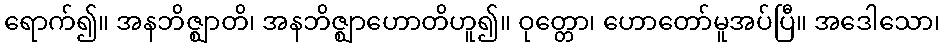
ရောက်၍။ အနဘိဇ္ဈာတိ၊ အနဘိဇ္ဈာဟောတိဟူ၍။ ဝုတ္တော၊ ဟောတော်မူအပ်ပြီ။ အဒေါသော၊